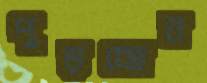
পুড়চ্ছেন